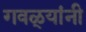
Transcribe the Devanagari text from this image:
गवळ्यांनी